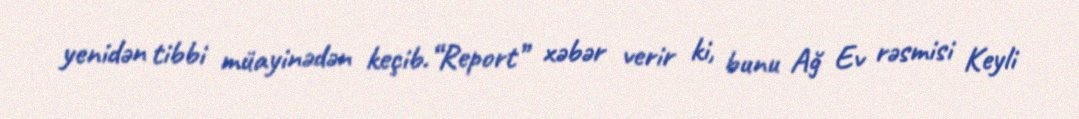
yenidən tibbi müayinədən keçib.“Report” xəbər verir ki, bunu Ağ Ev rəsmisi Keyli